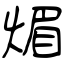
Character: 煝